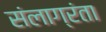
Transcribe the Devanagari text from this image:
संलाग्रंता